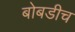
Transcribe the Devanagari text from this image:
बोबडीच